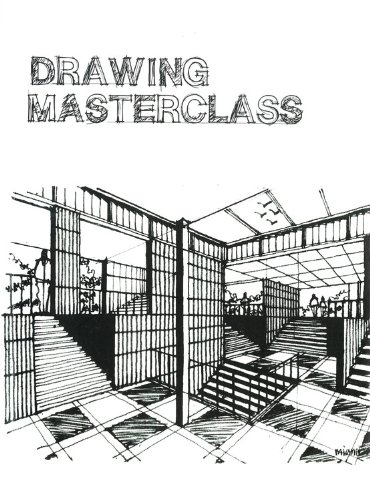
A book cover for Drawing Masterclass; Ruzaimi Mat Rani; Arts & Photography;